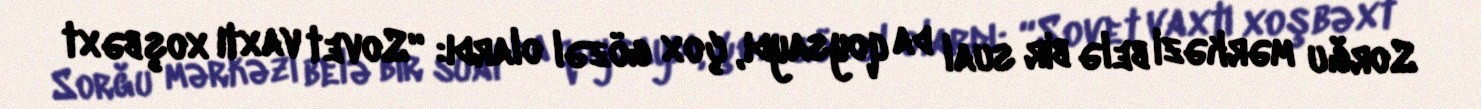
Sorğu mərkəzi belə bir sual da qoysaydı, çox gözəl olardı: “Sovet vaxtı xoşbəxt